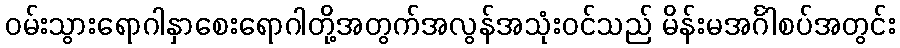
ဝမ်းသွားရောဂါနှာစေးရောဂါတို့အတွက်အလွန်အသုံးဝင်သည် မိန်းမအင်္ဂါစပ်အတွင်း